Lunatic asylums Punjab 1868-1880 - 1868-1880
Year: 1868
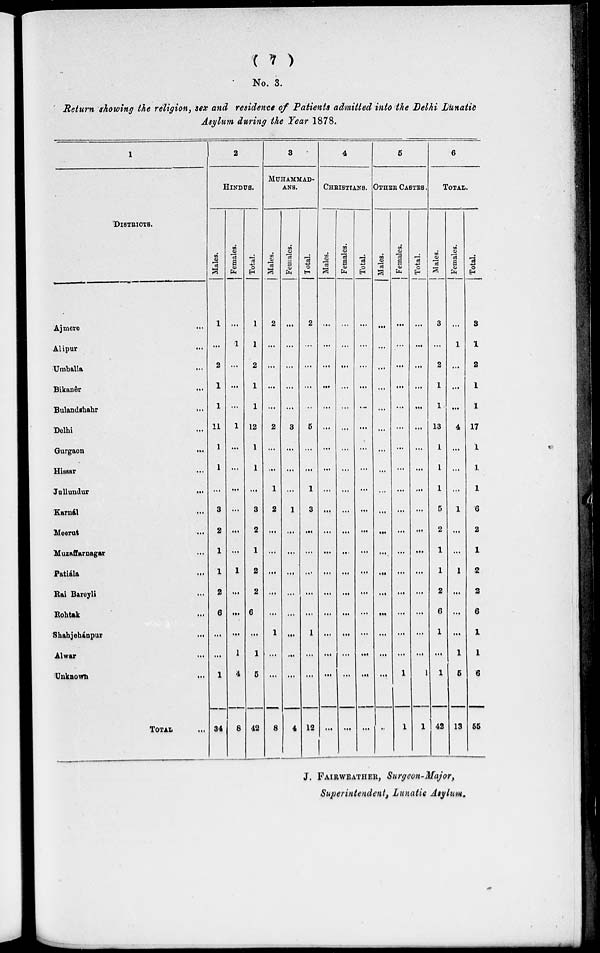
( 7 )
No. 3.
Return showing the religion, sex and residence of Patients admitted into the Delhi Lunatic
Asylum during the Year 1878.
1
DISTRICTS.
Ajmere
...
Alipur
...
Umballa ...
Bikanêr
...
Bulandshahr
...
Delhi
...
Gurgaon
...
Hissar ...
Jullundur
...
Karnâl
...
Meerut
...
Muzaffarnagar ...
Patiála
...
Rai Bareyli ...
Rohtak
...
Shahjehánpur
...
Alwar
...
Unknown
...
TOTAL ...
2
HINDUS.
Mal es .
1
...
2
1
1
11
1
1
...
3
2
1
1
2
6
...
...
1
34
Fe ma l
e s .
...
1
...
...
...
1
...
...
...
...
...
...
1
...
...
...
1
4
8
Tot al .
1
1
2
1
1
12
1
1
...
3
2
1
2
2
6
...
1
5
42
3
MUHAMMAD-
ANS.
Mal es .
2
...
... .
...
...
2
...
...
1
2
...
...
...
...
...
1
...
...
8
Fe ma l
e s .
...
...
...
...
...
3
...
...
...
1
...
...
...
...
...
...
...
...
4
Tot al .
2
...
...
...
...
5
...
...
1
3
...
...
...
...
...
1
...
...
12
4
CHRISTIANTS.
Mal es .
...
...
...
...
...
...
...
...
...
...
...
...
...
...
...
...
...
...
...
Fe ma l
e s .
...
...
...
...
...
...
...
...
...
...
...
...
...
...
...
...
...
...
...
Total.
...
...
...
...
...
...
...
...
...
...
...
...
...
...
...
...
...
...
...
5
OTHER CASTES.
Mal es .
...
...
...
...
...
...
...
...
...
...
...
...
...
...
...
...
...
...
...
Females.
...
...
...
...
...
...
...
...
...
...
...
...
...
...
...
...
...
1
1
Total.
...
...
...
...
...
...
...
...
...
...
...
...
...
...
...
...
...
1
1
6
TOTAL.
Males.
3
...
2
1
1
13
1
1
1
5
2
1
1
2
6
1
...
1
42
Females.
...
1
...
...
...
4
...
...
...
1
...
...
1
...
...
...
1
5
13
Total.
3
1
2
1
1
17
1
1
1
6
2
1
2
2
6
1
1
6
55
J. FAIRWEATHER, Surgeon-Major,
Superintendent, Lunatic Asylum.